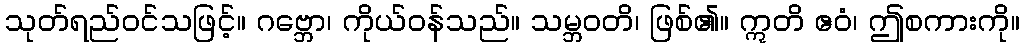
သုတ်ရည်ဝင်သဖြင့်။ ဂဗ္ဘော၊ ကိုယ်ဝန်သည်။ သမ္ဘဝတိ၊ ဖြစ်၏။ ဣတိ ဧဝံ၊ ဤစကားကို။